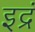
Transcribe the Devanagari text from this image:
इद्रं